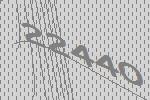
22440